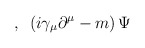
\begin{align*}\,\,,\,\,\,\left( i\gamma _{\mu }\partial ^{\mu }-m\right) \Psi\end{align*}